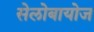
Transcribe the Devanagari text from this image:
सेलोबायोज